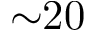
{ \sim } 2 0